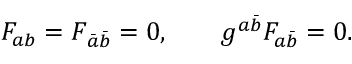
F _ { a b } = F _ { \bar { a } \bar { b } } = 0 , \qquad g ^ { a \bar { b } } F _ { a \bar { b } } = 0 .